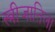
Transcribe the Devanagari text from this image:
स्त्रीजातिला